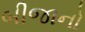
બીજાનો